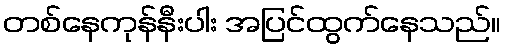
တစ်နေကုန်နီးပါး အပြင်ထွက်နေသည်။